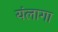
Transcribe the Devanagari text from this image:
यंलागा